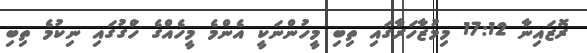
ރޮޒައިނާ 17:12 މިމުޒާހަރާގައި ތިބި މީހުންނަކީ އެންމެ މީހެއްގެ ހަްގުގައި ނިކުމެ ތިބި